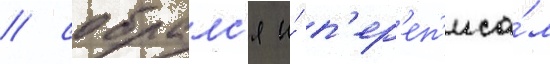
/ собралс'я и́ п'ер'еп'иса́л